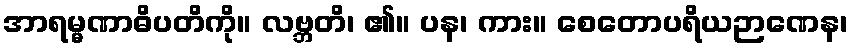
အာရမ္မဏာဓိပတိကို။ လဗ္ဘတိ၊ ၏။ ပန၊ ကား။ စေတောပရိယဉာဏေန၊